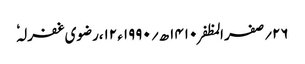
۲۶؍صفر المظفر ۱۴۱۰ھ؍ ۱۹۹۰ء ۱۲،رضوی غفرلہٗ